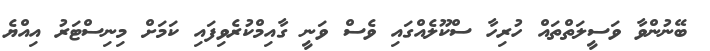
ބޭނުންވާ ވަސީލަތްތައް ހުރިހާ ސްކޫލެއްގައި ވެސް ވަނީ ގާއިމްކުރެވިފައި ކަމަށް މިނިސްޓަރު އިއްޔެ